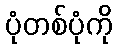
ပုံတစ်ပုံကို